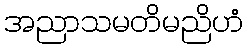
အညာသမတိမညိဟံ